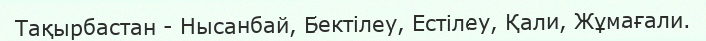
Тақырбастан - Нысанбай, Бектілеу, Естілеу, Қали, Жұмағали.